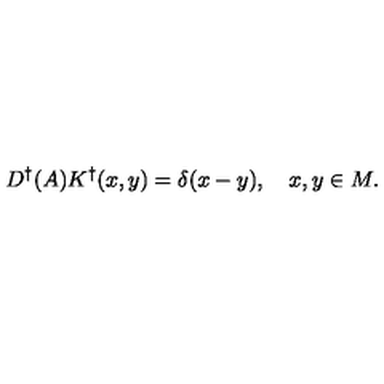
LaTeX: D ^ { \dagger } ( A ) K ^ { \dagger } ( x , y ) = \delta ( x - y ) , \quad x , y \in M .